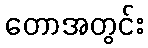
တောအတွင်း